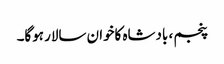
پنجم ، بادشاہ کاخوان سالار ہوگا۔